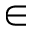
\in